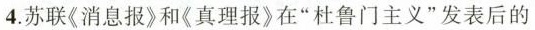
4.苏联《消息报》和《真理报》在”杜鲁门主义”发表后的